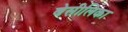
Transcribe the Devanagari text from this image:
बेसीलिका